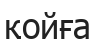
қойға